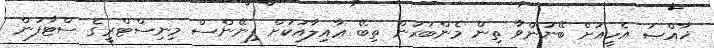
ޚާއްޞަ އެހީއަށް ބޭނުންވާ ތިން މެންބަރުން ތިބޭ ޢާއިލާއަކަށް ފިނޭންސް މިނިސްޓްރީގެ ސްޓާފުން